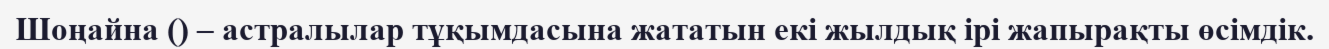
Шоңайна () – астралылар тұқымдасына жататын екі жылдық ірі жапырақты өсімдік.